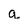
Character: g